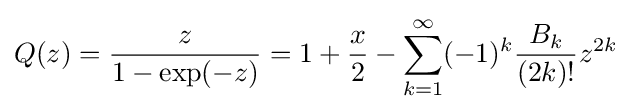
Q(z)={\frac {z}{1-\exp(-z)}}=1+{\frac {x}{2}}-\sum _{k=1}^{\infty }(-1)^{k}{\frac {B_{k}}{(2k)!}}z^{2k}\